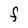
Character: F